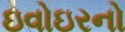
ઇવોઇરનો